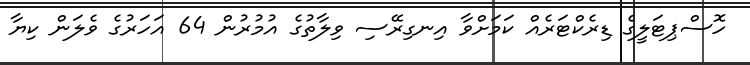
ހޮސްޕިޓަލީގެ ޑިރެކްޓަރެއް ކަމަށްވާ އިނގިރޭސި ވިލާތުގެ އުމުރުން 64 އަހަރުގެ ވެލަން ކިޔާ